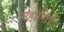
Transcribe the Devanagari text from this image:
महाभित्ती